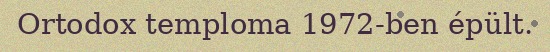
Ortodox temploma 1972-ben épült.